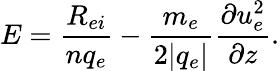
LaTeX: E=\frac{R_{ei}}{nq_{e}}-\frac{m_{e}}{2|q_{e}|}\frac{\partial u_{e}^{2}}{\partial z}.